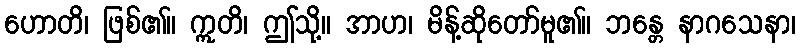
ဟောတိ၊ ဖြစ်၏။ ဣတိ၊ ဤသို့။ အာဟ၊ မိန့်ဆိုတော်မူ၏။ ဘန္တေ နာဂသေနာ၊